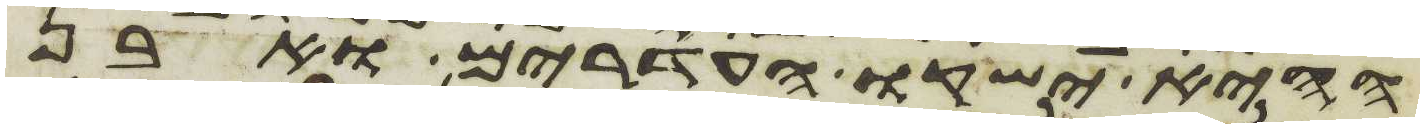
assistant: ההיא ישקו העדרים ואבן